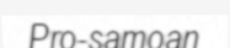
Pro-samoan